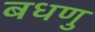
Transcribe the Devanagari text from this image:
बधणु